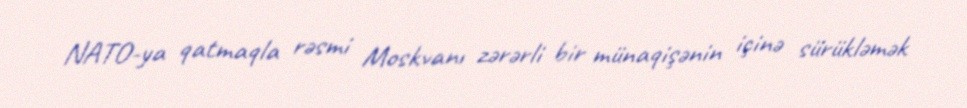
NATO-ya qatmaqla rəsmi Moskvanı zərərli bir münaqişənin içinə sürükləmək